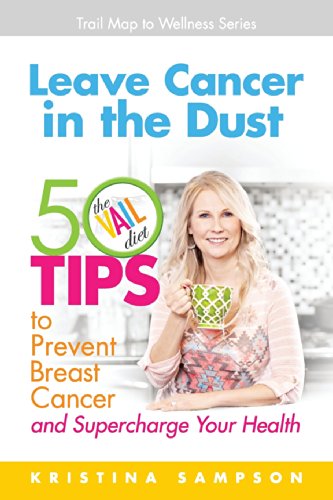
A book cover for Leave Cancer in the Dust: 50 Tips to Prevent Breast Cancer and Supercharge Your Health; Kristina N. Sampson; Cookbooks, Food & Wine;